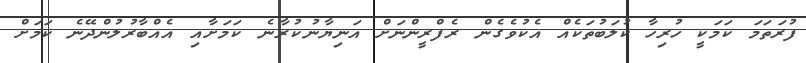
ފުރަތަމަ ކަމަކީ ހުރިހާ ކުލަބުތަކެއް އެކުވެގެން ރެފްރީންނަށް އަނިޔާނުކުރާނެ ކަމަށާއި އެއްބާރުލުންދޭނެ ކަމަށް